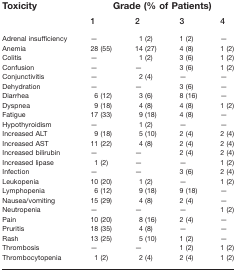
| Toxicity | <COLSPAN=5> Grade (% of Patients) |
 | 1 | 2 | 3 | 4 |
 | --- | --- | --- | --- | --- | --- |
 | Adrenal insufficiency | — | 1 (2) | 1 (2) | — |
 | Anemia | 28 (55) | 14 (27) | 4 (8) | 1 (2) |
 | Colitis | — | 1 (2) | 3 (6) | 1 (2) |
 | Confusion | — | — | 3 (6) | 1 (2) |
 | Conjunctivitis | — | 2 (4) | — | — |
 | Dehydration | — | — | 3 (6) | — |
 | Diarrhea | 6 (12) | 3 (6) | 8 (16) | — |
 | Dyspnea | 9 (18) | 4 (8) | 4 (8) | 1 (2) |
 | Fatigue | 17 (33) | 9 (18) | 4 (8) | — |
 | Hypothyroidism | — | 1 (2) | — | — |
 | Increased ALT | 9 (18) | 5 (10) | 2 (4) | 2 (4) |
 | Increased AST | 11 (22) | 4 (8) | 2 (4) | 2 (4) |
 | Increased bilirubin | — | — | 2 (4) | 2 (4) |
 | Increased lipase | 1 (2) | — | — | 1 (2) |
 | Infection | — | — | 3 (6) | 2 (4) |
 | Leukopenia | 10 (20) | 1 (2) | — | 1 (2) |
 | Lymphopenia | 6 (12) | 9 (18) | 9 (18) | — |
 | Nausea/vomiting | 15 (29) | 4 (8) | 2 (4) | — |
 | Neutropenia | — | — | — | 1 (2) |
 | Pain | 10 (20) | 8 (16) | 2 (4) | — |
 | Pruritis | 18 (35) | 4 (8) | — | — |
 | Rash | 13 (25) | 5 (10) | 1 (2) | — |
 | Thrombosis | — | — | 1 (2) | 1 (2) |
 | Thrombocytopenia | 1 (2) | 2 (4) | 2 (4) | 1 (2) |